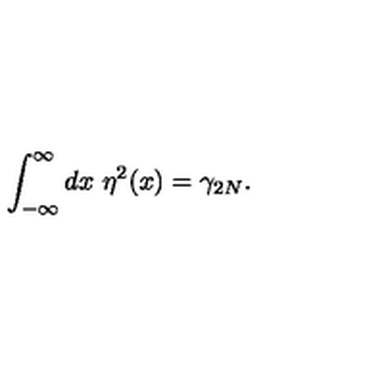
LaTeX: \int _ { - \infty } ^ { \infty } d x \ \eta ^ { 2 } ( x ) = \gamma _ { 2 N } .